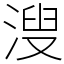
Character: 溲